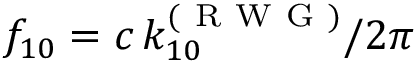
f _ { 1 0 } = { c \, k _ { 1 0 } ^ { ( \mathrm { ~ R ~ W ~ G ~ } ) } } / 2 \pi